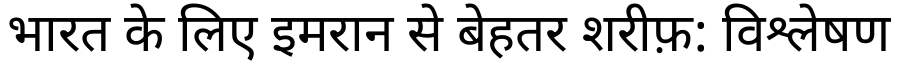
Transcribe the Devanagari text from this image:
भारत के लिए इमरान से बेहतर शरीफ़: विश्लेषण